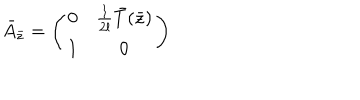
LaTeX: \bar { A } _ { \bar { z } } = \left( \begin{array} { c c } { { 0 } } & { { { \frac { 1 } { 2 l } } \bar { T } ( \bar { z } ) } } \\ { { 1 } } & { { 0 } } \\ \end{array} \right)